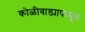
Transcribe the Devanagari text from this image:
कोळीवाड्यापासून